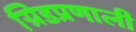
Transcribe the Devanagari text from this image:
ग्रिडप्रणाली